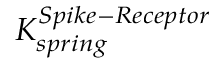
K _ { s p r i n g } ^ { S p i k e - R e c e p t o r }